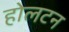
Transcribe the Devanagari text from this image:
होलटन